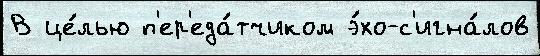
В це́лью п'ер'еда́тчиком э́хо-с'игна́лов